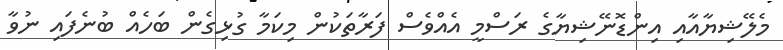
މެލޭޝިޔާއާއި އިންޑޮނޭޝިޔާގެ ރަސްމީ އެއްވެސް ފަރާތަކުން މިކަމާ ގުޅިގެން ބަހެއް ބުނެފައި ނުވާ